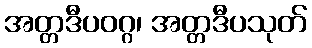
အတ္တဒီပဝဂ္ဂ၊ အတ္တဒီပသုတ်